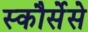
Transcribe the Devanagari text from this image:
स्कौर्सेसे